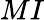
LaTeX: {MI}